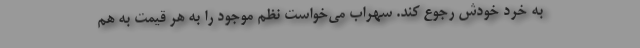
به خرد خودش رجوع کند. سهراب می‌خواست نظم موجود را به هر قیمت به هم